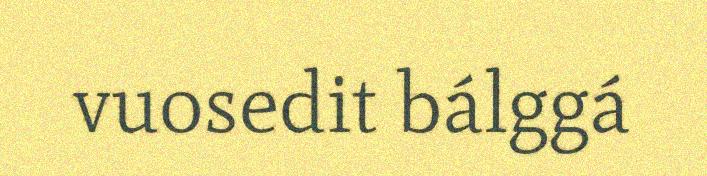
vuosedit bálggá